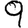
Digit: 9